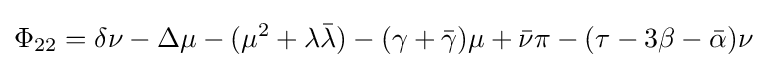
\Phi _{22}=\delta \nu -\Delta \mu -(\mu ^{2}+\lambda {\bar {\lambda }})-(\gamma +{\bar {\gamma }})\mu +{\bar {\nu }}\pi -(\tau -3\beta -{\bar {\alpha }})\nu